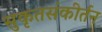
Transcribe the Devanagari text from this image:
सुकृतसंकीर्तन